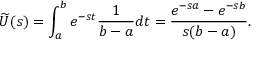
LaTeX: { \widetilde { U } } ( s ) = \int _ { a } ^ { b } e ^ { - s t } { \frac { 1 } { b - a } } d t = { \frac { e ^ { - s a } - e ^ { - s b } } { s ( b - a ) } } .